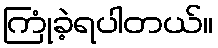
ကြုံခဲ့ရပါတယ်။